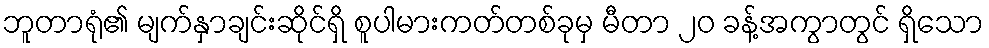
ဘူတာရုံ၏ မျက်နှာချင်းဆိုင်ရှိ စူပါမားကတ်တစ်ခုမှ မီတာ ၂၀ ခန့်အကွာတွင် ရှိသော